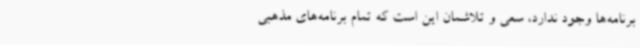
برنامه‌ها وجود ندارد، سعی و تلاشمان این است که تمام برنامه‌های مذهبی